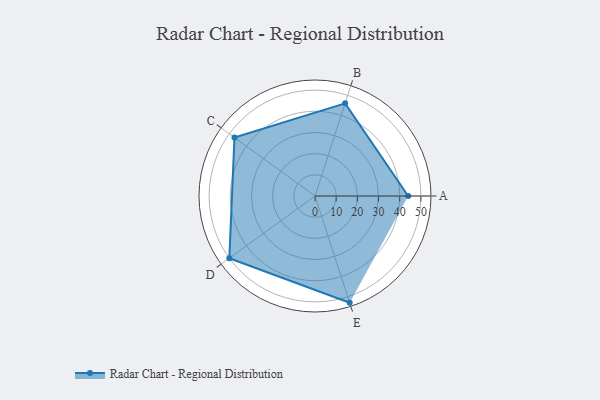
{"axis": {"x": "Skill", "y": "Score"}, "legend": ["Profile"], "data": [{"x": "A", "y": 44.0, "type": "Profile"}, {"x": "B", "y": 46.0, "type": "Profile"}, {"x": "C", "y": 47.0, "type": "Profile"}, {"x": "D", "y": 50.0, "type": "Profile"}, {"x": "E", "y": 53.0, "type": "Profile"}]}